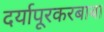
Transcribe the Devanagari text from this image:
दर्यापूरकरबाबा